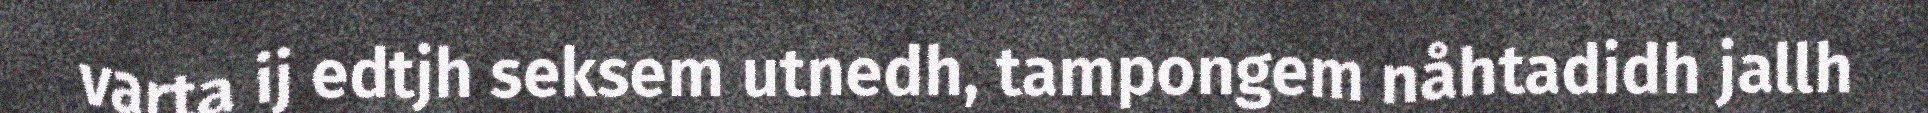
varta ij edtjh seksem utnedh, tampongem nåhtadidh jallh